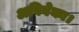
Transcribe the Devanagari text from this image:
अविवेका।